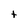
Character: t